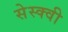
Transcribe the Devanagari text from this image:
सेस्क्वी